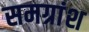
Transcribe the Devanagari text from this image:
समग्रांश